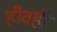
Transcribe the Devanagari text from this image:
हीवहीं